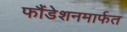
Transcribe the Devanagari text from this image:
फौंडेशनमार्फत